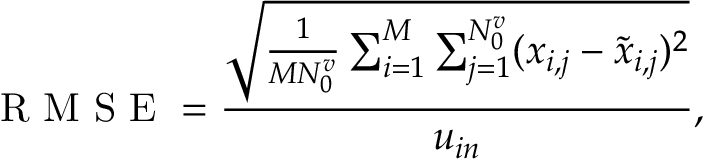
\mathrm { ~ R ~ M ~ S ~ E ~ } = \frac { \sqrt { \frac { 1 } { M N _ { 0 } ^ { v } } \sum _ { i = 1 } ^ { M } \sum _ { j = 1 } ^ { N _ { 0 } ^ { v } } ( x _ { i , j } - \widetilde { x } _ { i , j } ) ^ { 2 } } } { u _ { i n } } ,